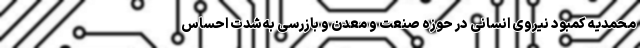
محمدیه کمبود نیروی انسانی در حوزه صنعت و معدن و بازرسی به‌شدت احساس